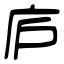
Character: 庐